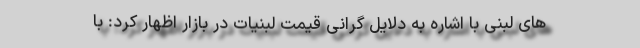
های لبنی با اشاره به دلایل گرانی قیمت لبنیات در بازار اظهار کرد: با